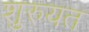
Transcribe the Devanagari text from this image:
शुरुयत